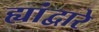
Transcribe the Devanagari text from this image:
ह्यांद्वारे